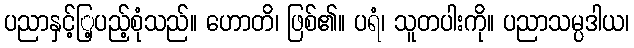
ပညာနှင့်ြ့ပည့်စုံသည်။ ဟောတိ၊ ဖြစ်၏။ ပရံ၊ သူတပါးကို။ ပညာသမ္ပဒါယ၊